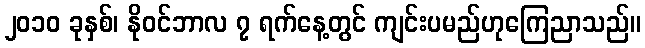
၂၀၁၀ ခုနှစ်၊ နိုဝင်ဘာလ ၇ ရက်နေ့တွင် ကျင်းပမည်ဟုကြေညာသည်။